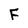
Character: F